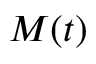
M ( t )